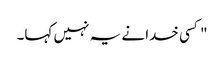
" کسی خدا نے یہ نہیں کہا۔